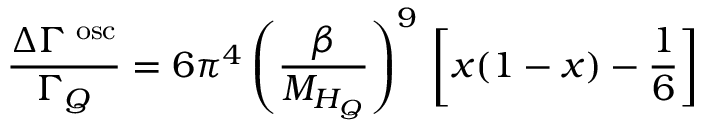
\frac { \Delta \Gamma ^ { \mathrm { \tiny ~ o s c } } } { \Gamma _ { Q } } = 6 \pi ^ { 4 } \left( \frac { \beta } { M _ { H _ { Q } } } \right) ^ { 9 } \, \left[ x ( 1 - x ) - \frac { 1 } { 6 } \right]